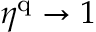
\eta ^ { \mathrm { q } } \to 1